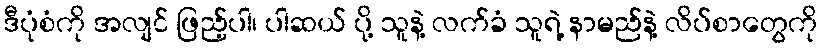
ဒီပုံစံကို အလျင် ဖြည့်ပါ၊ ပါဆယ် ပို့ သူနဲ့ လက်ခံ သူရဲ့ နာမည်နဲ့ လိပ်စာတွေကို